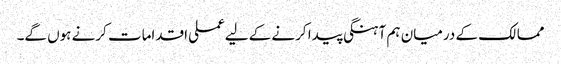
ممالک کے درمیان ہم آہنگی پیدا کرنے کے لیےعملی اقدامات کرنے ہوں گے۔